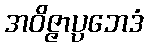
အဝိဇ္ဇာပ္ပဘေဒံ